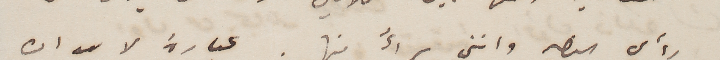
رأي النصير وانني براءٌ منها. عبارة لا بد ان